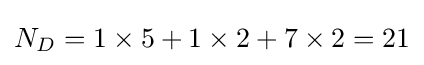
N_{D}=1\times 5+1\times 2+7\times 2=21